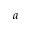
a